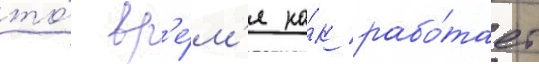
то́ вр'е́м'я ка́к рабо́тает